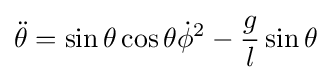
{\ddot {\theta }}=\sin \theta \cos \theta {\dot {\phi }}^{2}-{\frac {g}{l}}\sin \theta